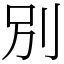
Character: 別